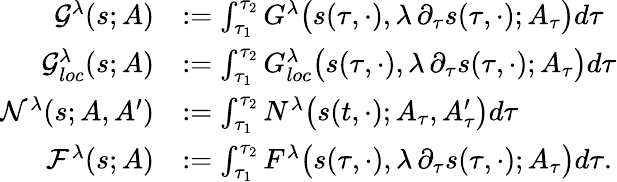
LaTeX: \begin{array}{rl}{\mathcal{G}^{\lambda}({s};A)}&{:=\int_{\tau_{1}}^{\tau_{2}}G^{\lambda}\big({s}(\tau,\cdot),\lambda\, \partial_{\tau}{s}(\tau,\cdot);A_{\tau}\big)d\tau}\\ {\mathcal{G}_{loc}^{\lambda}({s};A)}&{:=\int_{\tau_{1}}^{\tau_{2}}G_{loc}^{\lambda}\big({s}(\tau,\cdot),\lambda\, \partial_{\tau}{s}(\tau,\cdot);A_{\tau}\big)d\tau}\\ {\mathcal{N}^{\lambda}({s};A,A^{\prime})}&{:=\int_{\tau_{1}}^{\tau_{2}}N^{\lambda}\big({s}(t,\cdot);A_{\tau},A_{\tau}^{\prime}\big)d\tau}\\ {\mathcal{F}^{\lambda}({s};A)}&{:=\int_{\tau_{1}}^{\tau_{2}}F^{\lambda}\big({s}(\tau,\cdot),\lambda\, \partial_{\tau}{s}(\tau,\cdot);A_{\tau}\big)d\tau.}\end{array}